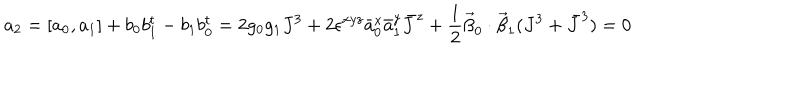
LaTeX: a _ { 2 } = [ a _ { 0 } , a _ { 1 } ] + b _ { 0 } b _ { 1 } ^ { t } - b _ { 1 } b _ { 0 } ^ { t } = 2 g _ { 0 } g _ { 1 } J ^ { 3 } + 2 \epsilon ^ { x y z } \bar { a } _ { 0 } ^ { x } \bar { a } _ { 1 } ^ { y } \bar { J } ^ { z } + \frac { 1 } { 2 } \vec { \beta } _ { 0 } \cdot \vec { \beta } _ { 1 } ( J ^ { 3 } + \bar { J } ^ { 3 } ) = 0